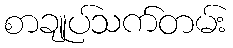
စာချုပ်သက်တမ်း